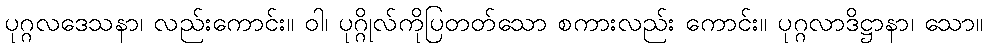
ပုဂ္ဂလဒေသနာ၊ လည်းကောင်း။ ဝါ၊ ပုဂ္ဂိုလ်ကိုပြတတ်သော စကားလည်း ကောင်း။ ပုဂ္ဂလာဒိဋ္ဌာနာ၊ သော။